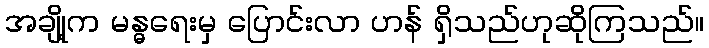
အချို့က မန္ဓရေးမှ ပြောင်းလာ ဟန် ရှိသည်ဟုဆိုကြသည်။